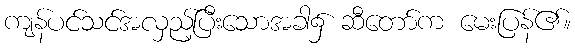
ကျန်ပင်သင်အလှည့်ပြီးသောအခါ၌ ဆီတော်က မေးပြန်၏။